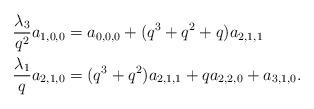
LaTeX: \begin{align*}&\frac{\lambda_3}{q^2}a_{1,0,0}=a_{0,0,0}+(q^3+q^2+q)a_{2,1,1}\\&\frac{\lambda_1}{q}a_{2,1,0}=(q^3+q^2)a_{2,1,1}+qa_{2,2,0}+a_{3,1,0}.\end{align*}